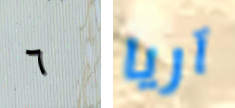
٦ آريا